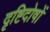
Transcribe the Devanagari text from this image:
दृष्टिदोषों